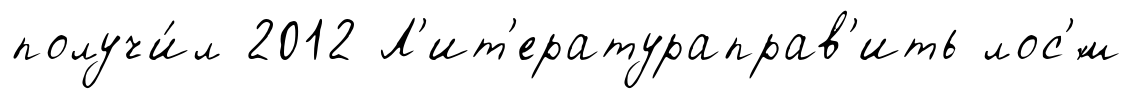
получи́л 2012 Л'ит'ератураправ'ить лос'́м